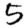
Digit: 5